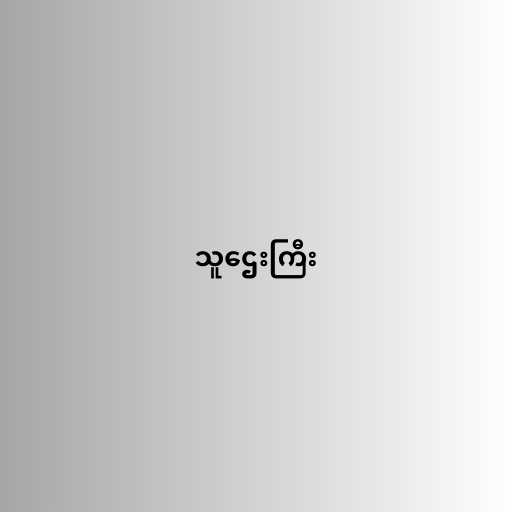
သူဌေးကြီး